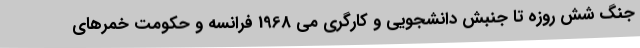
جنگ شش روزه تا جنبش دانشجویی و کارگری می 1968 فرانسه و حکومت خمرهای